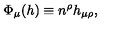
\Phi _ { \mu } ( h ) \equiv n ^ { \rho } h _ { \mu \rho } ,